Vital statistics of India. Vol. IV, Annual returns from 1871 to 1876. British Army of India, Native Army and jails of Bengal
Year: 1871
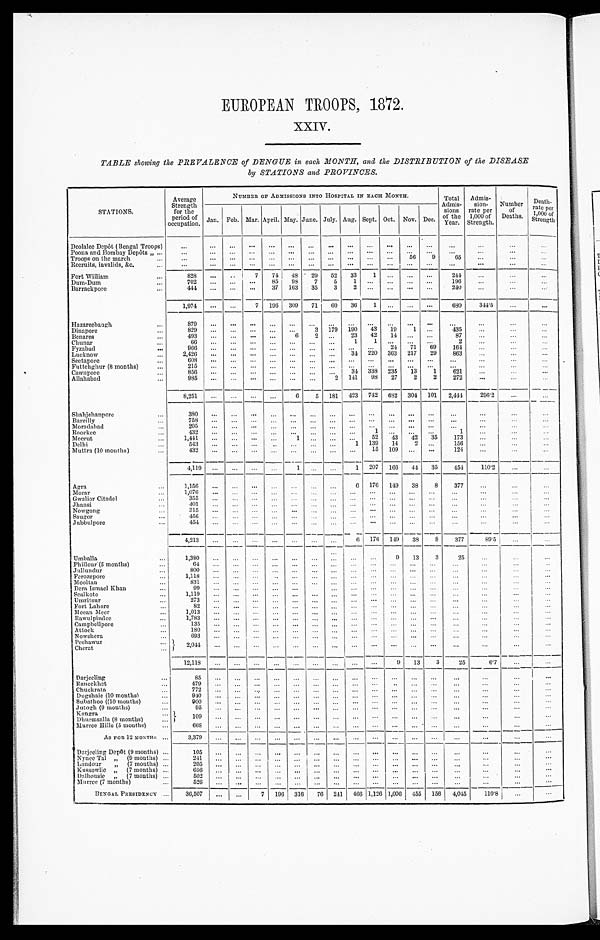
EUROPEAN TROOPS, 1872.
XXIV.
TABLE showing the PREVALENCE of DENGUE in each MONTH, and the DISTRIBUTION of the DISEASE
by STATIONS and PROVINCES.
STATIONS.
Average
Strength
for the
period of
occupation.
NUMBER OF ADMISSIONS INTO HOSPITAL IN EACH MONTH.
Total
Admis- sions
of the
Year.
Admis-
sion-
rate per
1,000 of
Strength.
Number
of
Deaths.
Death-
rate per
1,000 of
Strength
Jan. Feb. Mar. April. May. June. July. Aug. Sept. Oct. Nov. Dec
Deolalee Depôt (Bengal Troops)
. . .
. . . ...
. . . ... ... ... ...
. . . ... ...
. . . ...
. . . ...
. . .
. . .
Poona and Bombay Depots „ ...
...
. . . . . .
. . . ... ... ... ...
. . . ... ...
. . . ...
...
. . .
. . .
. . .
Troops on the march . . .
. . .
...
. . .
. . . ... ... ... ... ... ... ... 56 9
65
. . .
. . .
. . .
Recruits, invalids, &c., . . .
. . .
. . .
. . .
. . . ... ... ... ...
. . . ... ...
. . . ... . . .
. . .
. . .
. . .
Fort William
...
828 ... . . .
7 74 48 29 52 33 1 ... ... ...
244 ...
...
_
...
Dum-Dum
...
702 ...
. . .
. . . 85 98 7 5 1 ... ... ... ...
196 ...
. . . ...
Barrackpore
441 ...
. . .
. . . 37 163 35 3 2 ... ...
. . . ...
240 ...
. . .
. . . .
1,974
. . . ...
7 196 309 71 60 36 ... ...
. . . ...
680
3 4 4 . 5
. . .
. . .
Hazareebaugh
...
879
...
. . .
. . . ...
. . . ...
. . .
. . . ... ...
. . . ...
... ...
. . . ...
Dinapore
...
8 2 9 ...
. . .
. . . ...
. . . 3 179 190 43 19 1 ...
435 ...
. . .
. . .
Benares
...
493 ...
. . .
. . . ...
6 2
. . . 23 42 14 ... ...
87 ...
...
. . .
Chunar
66 ...
. . .
. . . ...
. . . ... . . . 1 1
. . . . . . ...
2
...
. . .
. . .
...
Fyzahad
9 6 6 ...
. . .
. . . ... ... ...
. . .
. . .
. . . 24 71 69 164
...
...
...
Lucknow
2 , 4 2 6 ...
. . .
. . . ...
. . .
...
. . . 34 220 363 217 29 863 ...
...
...
Seetapore
...
608 ... ... ... ... ... ... ... . . .
. . . . . .
. . . ...
. . .
. . .
. . . ...
Futtehghur (8 months)
...
215 ... ... ... ... ... ... ... ... ... ... ... ...
...
... ...
. . .
Cawnpore
856 ...
. . . ... ...
. . .
... . . . 3 4 338 235 13 1 621 ...
...
...
Allahabad
...
9 8 5 ...
. . .
. . . ...
. . .
...
2 141 98 27 2 2 272
. . . ...
. . .
8,251 ... ...
. . .
...
6 5 181 423 742 682 304 101 2,444 296.2 ...
...
Shahjehanpore
380
...
. . .
. . ....
. . .
... ... . . . . ...
. . . ... ...
. . .
. . . . . .
. . .
...
Bareilly
759 ...
. . ... ...
. . .
...
. . . ...
. . .
. . .
. . . ... ...
...
. . .
. . .
Moradabad
205 ...
. . . . . . ...
. . . ...
...
. . .
. . .
. . .
. . . ... ...
. . .
. . .
...
. . .
Roorkee
4 3 2 ...
. . .
. . . ...
. . . ...
. . .
. . .
1
. . . . . . ...
1 ...
. . .
. . .
Meerut
1 , 4 4 1 ...
. . .
. . . ...
1 ...
. . .
. . . 52 43 42 35 173 ...
. . .
. . .
Delhi
543 ....
. . .
. . . ...
. . . ...
. . . 1 139 14 2 ... 156 ...
. . .
...
Muttra (10 months)
432
... ... .. ...
. . . ... . . .
. . . 15 109 ... ...
121 ...
. . .
. . .
4,119 ... ... . . .
...
1
... ...
1 207 166 44 35 454 110.2 ...
. . .
Agra
. . .
. . . . . .
. . . . . . ...
. . . ...
. . . 6 176 149 38
8 377
...
. . .
. . .
Ml orar
1,076 ... ...
. . . ... ... ... ... ...
. . . ... ... ...
... ...
...
. . . .
...
Gwalior Citadel
355 ... ...
. . . ...
. . . ... ...
. . . . . . ... ... ... ...
...
. . .
...
Jhansi
...
401 ...
...
. . . ...
. . . ...
. . . . . . ... ...
. . . ... ...
...
...
...
Nowgong
315 ...
. . . . . . ...
. . . ... ...
. . . . . . ... ... ...
...
...
...
. . .
Saugor
...
4 5 6 ...
. . . . . . ...
. . . ... . . .
. . . . . .
. . . . . .
. . .
. . .
...
. . .
. . .
Jubbulpore
...
454 ...
. . . ... ... ... ...
. . .
. . . ...
. . . ... ... ...
...
...
...
4,213 ... ... ... ...
. . . ... . . .
6 176 149 38
8 377
8 9 . 5 . . .
. . .
Umballa
1,380 ...
. . . . . . ... ... ...
. . . ...
. . .
9 13 3
25
...
...
...
Phillour(5 months)
61 ...
. . . . . . ...
. . . ... ... ...
. . .
. . . . . . ... ...
. . . ....
. . .
Jullundur
800 ...
. . . . . . ...
. . . ... ... ... ... ... ... ...
...
...
. . .
...
Ferozepore...
1,118 ...
. . . . . .
. . .
. . . ... . . .
. . .
. . .
. . .
. . .
. . .
. . .
... . . .
. . .
Mooltau
. . .
. . . ...
. . . . . . ...
. . . ...
. . .
. . .
. . .
. . . . . . ...
. . .
. . . . . .
. . .
Dera Ismael Khan
99 ...
. . . . . . ... ... ... ... ... ... ... ... ...
...
...
. . .
. . . .
Sealkote
...
1 , 1 1 9 ...
. . . . . . ...
. . . ...
. . . ...
. . . ...
. . . ...
... ...
...
...
Umritsur
...
273 ...
. . . . . . ...
. . . ... ... ...
. . . ... ... ...
...
...
. . .
. . .
Fort Lahore
8 2 ...
. . . . . ...
. . . ... . . .
. . .
. . .
. . . ... ...
. . .
. . . ...
...
M e e a n M e e r . . .
1,013 ... ...
. . . ...
. . . ... ... ... ... ... ... ...
. . .
. . . . . .
. . .
Rawulpindee
1 , 7 8 3 ...
. . . . . . ...
. . . ...
. . .
. . .
. . .
. . . . . .
. . .
. . .
...
. . .
. . .
Campbellpore...
135 ...
. . . . . . ...
. . . ...
. . .
. . .
. . .
. . .
. . . ...
...
. . . . . .
. . .
Attock.
. . .
1 8 0
...
. . . . . . ...
. . . ... . . . ...
. . .
. . .
. . . ...
...
... ...
. . .
Nowshera
...
693 ...
. . . ...
. . . . . . ... ... ... ... ... ... ...
. . .
...
. . .
. . .
—
Peshawur
2 , 0 4 4 ...
. . . . . . ...
. . . ...
. . . ...
. . .
. . . ...
. . .
. . .
. . . . . .
. . .
C h e r a t
12,118 ...
...
. . . ...
. . .
. . . . . .
. . .
. . .
9 13 3
25
6.7 ...
. . .
Darjeeling
...
8 5
...
. . . . . . ...
. . . ...
...
. . .
... ...
. . .
...
. . .
...
. . .
. . .
R aneekhe
4 7 9
...
. . . . . . ...
. . . ...
. . . . . .
. . .
. . .
. . . ...
. . .
...
. . .
. . .
Chuekrat
...
772 ... ...
. . . ...
. . . ... ... ... ... ...
. . . ...
... ...
...
...
Dugshaie (10 months)
...
91
. . .
. . . . . . ... . . . ... . . .
. . .
. . .
. . .
. . .
. . .
...
...
. . .
. . .
Subathoo (10 months)
..
90
. . .
. . . . . . ...
. . . ... . . .
. . .
. . .
. . . . . . ...
. . .
. . . . . .
. . .
Jutogh (9 months)
...
95 ... . . . ... ...
. . . ...
. . . ... . . .
. . .
. . .
. . .
... ...
. . .
. . .
Kangra
109
. . .
. . . . . .
. . .
. . . ... . . .
. . .
. . . . . .
. . .
. . .
. . .
. . . . . .
. . .
Dhurmsalla (8 months)
Murree Hills (5 mouths)
668 ... ... ... ... ... ...
. . . ...
. . .
. . .
. . . . . .
... ...
...
. . .
AS FOR 12 MONTHS . . .
3,379 ...
. . . . . .
. . .
. . . ... . . .
. . .
. . .
. . .
. . .
. . . ...
...
. . .
...
Darjeeling Depôt (9 months) ...
1 0 5 . . .
. . . . . . ... ... ...
. . .
. . . . . .
. . .
. . . ...
. . .
. . . . . .
. . .
Nynee Tal , ,
( 9 m o n t h s )
. .
241
. . .
. . . . . . ...
. . .
...
. . .
. . . . . .
. . .
. . . ...
...
. . . . . .
...
Landour „ (7 months) . . .
205
. . .
. . . . . . ...
. . .
...
. . .
. . . . . .
. . .
. . . ...
. . .
...
. . .
. . .
Kussowlie „ (7 months) ...
6 5 6 . . .
. . . . . . ...
. . .
...
. . . ... ... . . . ... ...
. . .
. . . . . .
. . .
Dalhousie „ (7 months) ...
50 2 ... ... ... ... ... ...
. . . ... ... . . . ... ...
. . . ...
. . .
. . .
Murree (7 months)
...
5 2 6 . . .
. . .
. . . ...
. . . ...
. . .
. . . . . .
. . .
. . . ...
. . .
. . . . . .
...
BENGAL PRESIDENCY ... 36,507
. . .
. . . 7 196 316 76 241 466 1,126 1,006 455 156 4,045
110.8
. . .
. . .